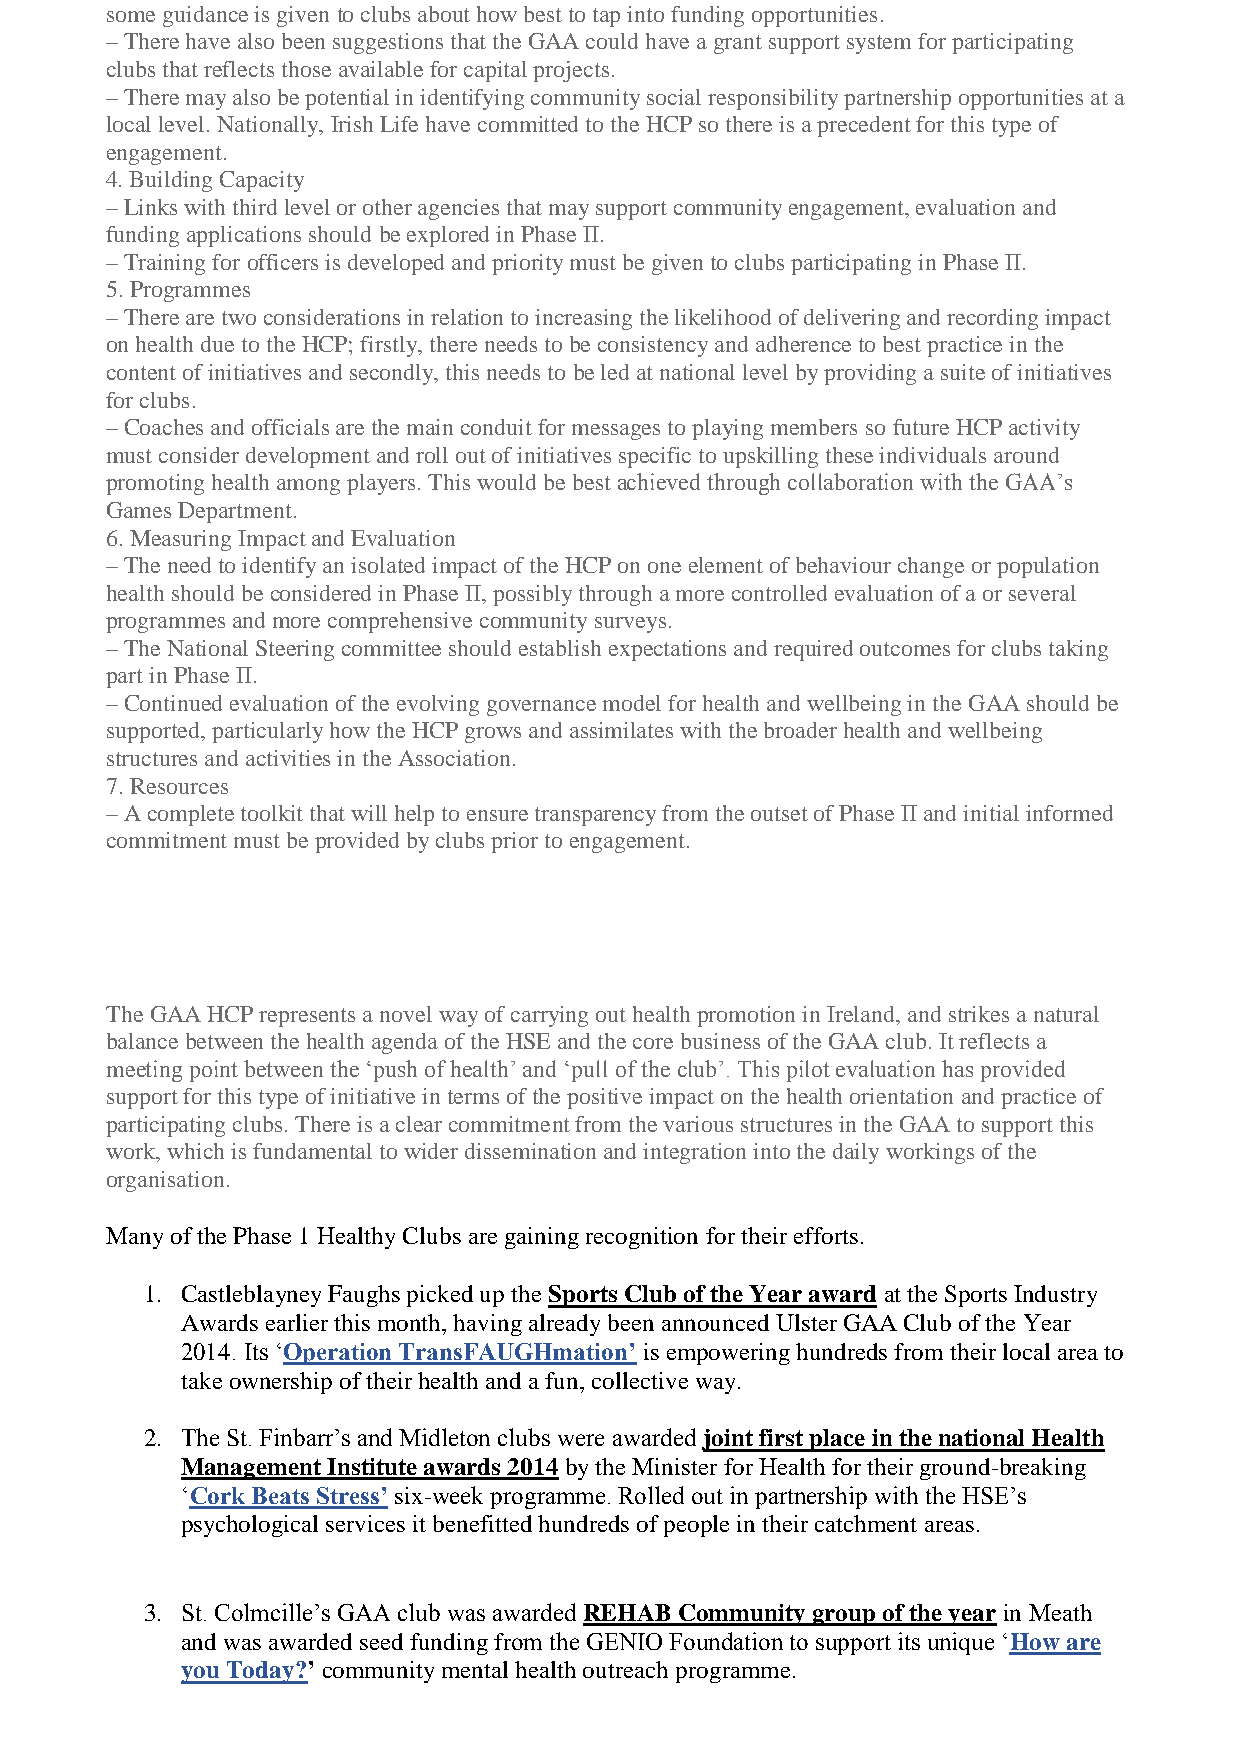
some guidance is given to clubs about how best to tap into funding opportunities.
 – There have also been suggestions that the GAA could have a grant support system for participating
 clubs that reflects those available for capital projects.
 – There may also be potential in identifying community social responsibility partnership opportunities at a
 local level. Nationally, Irish Life have committed to the HCP so there is a precedent for this type of
 engagement.
 4. Building Capacity
 – Links with third level or other agencies that may support community engagement, evaluation and
 funding applications should be explored in Phase II.
 – Training for officers is developed and priority must be given to clubs participating in Phase II.
 5. Programmes
 – There are two considerations in relation to increasing the likelihood of delivering and recording impact
 on health due to the HCP; firstly, there needs to be consistency and adherence to best practice in the
 content of initiatives and secondly, this needs to be led at national level by providing a suite of initiatives
 for clubs.
 – Coaches and officials are the main conduit for messages to playing members so future HCP activity
 must consider development and roll out of initiatives specific to upskilling these individuals around
 promoting health among players. This would be best achieved through collaboration with the GAA’s
 Games Department.
 6. Measuring Impact and Evaluation
 – The need to identify an isolated impact of the HCP on one element of behaviour change or population
 health should be considered in Phase II, possibly through a more controlled evaluation of a or several
 programmes and more comprehensive community surveys.
 – The National Steering committee should establish expectations and required outcomes for clubs taking
 part in Phase II.
 – Continued evaluation of the evolving governance model for health and wellbeing in the GAA should be
 supported, particularly how the HCP grows and assimilates with the broader health and wellbeing
 structures and activities in the Association.
 7. Resources
 – A complete toolkit that will help to ensure transparency from the outset of Phase II and initial informed
 commitment must be provided by clubs prior to engagement.
 The GAA HCP represents a novel way of carrying out health promotion in Ireland, and strikes a natural
 balance between the health agenda of the HSE and the core business of the GAA club. It reflects a
 meeting point between the ‘push of health’ and ‘pull of the club’. This pilot evaluation has provided
 support for this type of initiative in terms of the positive impact on the health orientation and practice of
 participating clubs. There is a clear commitment from the various structures in the GAA to support this
 work, which is fundamental to wider dissemination and integration into the daily workings of the
 organisation.
 Many of the Phase 1 Healthy Clubs are gaining recognition for their efforts.
 1. Castleblayney Faughs picked up the Sports Club of the Year award at the Sports Industry
 Awards earlier this month, having already been announced Ulster GAA Club of the Year
 2014. Its ‘Operation TransFAUGHmation’ is empowering hundreds from their local area to
 take ownership of their health and a fun, collective way.
 2. The St. Finbarr’s and Midleton clubs were awarded joint first place in the national Health
 Management Institute awards 2014 by the Minister for Health for their ground-breaking
 ‘Cork Beats Stress’ six-week programme. Rolled out in partnership with the HSE’s
 psychological services it benefitted hundreds of people in their catchment areas.
 3. St. Colmcille’s GAA club was awarded REHAB Community group of the year in Meath
 and was awarded seed funding from the GENIO Foundation to support its unique ‘How are
 you Today?’ community mental health outreach programme.